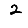
Digit: 2